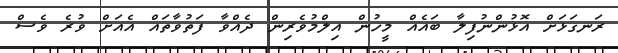
ރަނގަޅަށް އޮޅުންނުފިލާ ބައެއް މީހުން އިލްމުވެރިން ދެއްވާ ފަތުވާތައް އެއަށް ވުރެ ވެސް